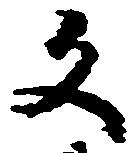
文